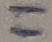
Text: 11